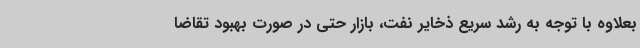
بعلاوه با توجه به رشد سریع ذخایر نفت، بازار حتی در صورت بهبود تقاضا